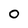
Character: 0